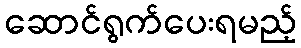
ဆောင်ရွက်ပေးရမည့်